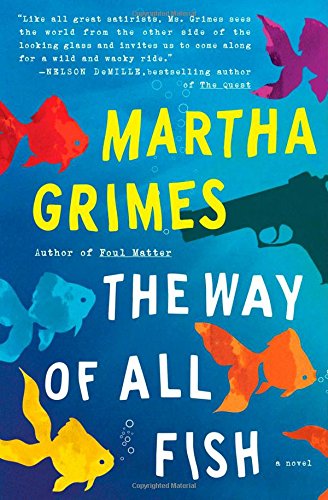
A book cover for The Way of All Fish: A Novel; Martha Grimes; Humor & Entertainment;